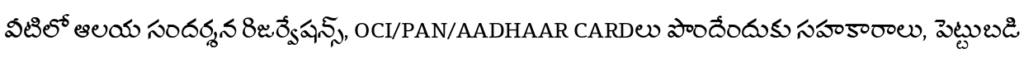
వీటిలో ఆలయ సందర్శన రిజర్వేషన్స్, OCI/PAN/AADHAAR CARDలు పొందేందుకు సహకారాలు, పెట్టుబడి